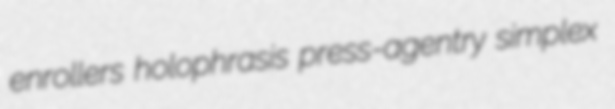
enrollers holophrasis press-agentry simplex